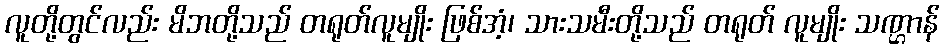
လူတို့တွင်လည်း မိဘတို့သည် တရုတ်လူမျိုး ဖြစ်အံ့၊ သားသမီးတို့သည် တရုတ် လူမျိုး သဏ္ဌာန်